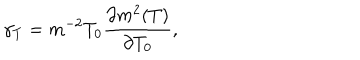
\gamma _ { T } = m ^ { - 2 } T _ { 0 } \frac { \partial m ^ { 2 } ( T ) } { \partial T _ { 0 } } ,